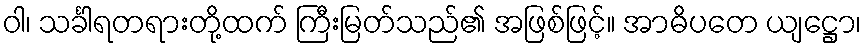
ဝါ၊ သင်္ခါရတရားတို့ထက် ကြီးမြတ်သည်၏ အဖြစ်ဖြင့်။ အာဓိပတေ ယျဋ္ဌော၊